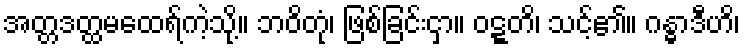
အတ္တဒတ္ထမထေရ်ကဲ့သို့။ ဘဝိတုံ၊ ဖြစ်ခြင်းငှာ။ ဝဋ္ဋတိ၊ သင့်၏။ ဂန္ဓာဒီဟိ၊